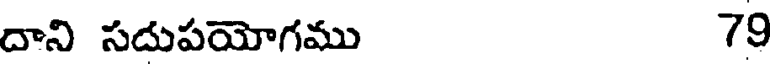
దాని సదుపయోగము 79